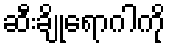
ဆီးချိုရောဂါကို